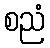
စညံ